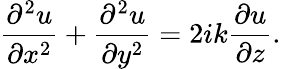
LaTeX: {\frac{\partial^{2}u}{\partial x^{2}}}+{\frac{\partial^{2}u}{\partial y^{2}}}=2ik{\frac{\partial u}{\partial z}}.